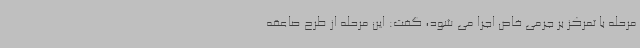
مرحله با تمرکز بر جرمی خاص اجرا می شود، گفت: این مرحله از طرح صاعقه